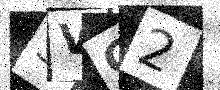
Text: SVC2